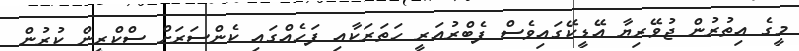
މީގެ އިތުރުން ޖުވޭރިޔާ އޭޑީކޭގައިވެސް ފެބްރުއަރީ ހަތަރަކާއި ފަހެއްގައި ކެންސަރަށް ސްކްރީން ކުރުން